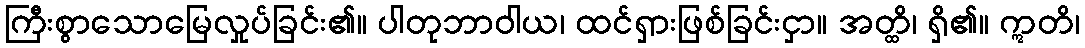
ကြီးစွာသောမြေလှုပ်ခြင်း၏။ ပါတုဘာဝါယ၊ ထင်ရှားဖြစ်ခြင်းငှာ။ အတ္ထိ၊ ရှိ၏။ ဣတိ၊